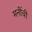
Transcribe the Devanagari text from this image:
मनींची